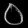
Digit: ၀